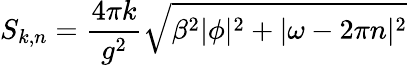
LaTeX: S_{k,n}=\frac{4\pi k}{g^{2}}\sqrt{\beta^{2}|\phi|^{2}+|\omega-2\pi n|^{2}}